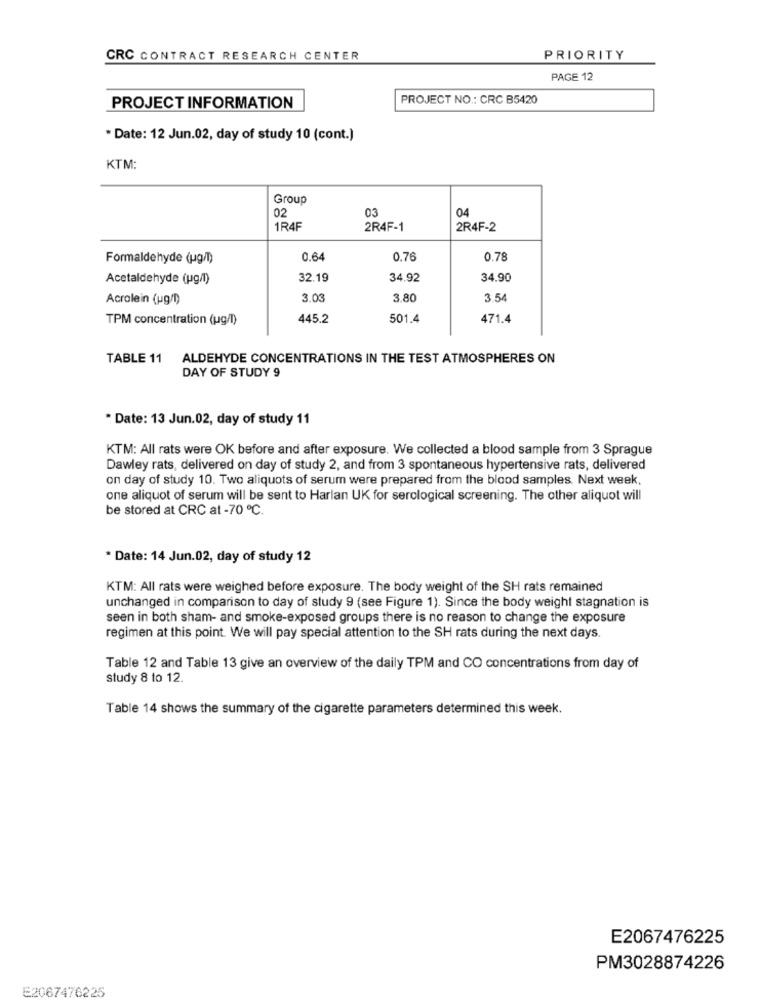
CRC CONTRACT RESEARCH CENTER
PRIORITY
PAGE 12
PROJECT NO .: CRC B5420
PROJECT INFORMATION
* Date: 12 Jun.02, day of study 10 (cont.)
KTM:
Group
02
03
04
1R4F
2R4F-1
2R4F-2
Formaldehyde (ug/l)
0.64
0.76
0.78
Acetaldehyde (ug/l)
32.19
34.92
34.90
Acrolein (ug/1)
3.03
3,80
35
TPM concentration (ug/l)
445.2
501.4
471.4
TABLE 11
ALDEHYDE CONCENTRATIONS IN THE TEST ATMOSPHERES ON
DAY OF STUDY 9
* Date: 13 Jun.02, day of study 11
KTM: All rats were OK before and after exposure. We collected a blood sample from 3 Sprague
Dawley rats, delivered on day of study 2, and from 3 spontaneous hypertensive rats, delivered
on day of study 10. Two aliquots of serum were prepared from the blood samples. Next week,
one aliquot of serum will be sent to Harlan UK for serological screening. The other aliquot will
be stored at CRC at -70 ℃.
* Date: 14 Jun.02, day of study 12
KTM: All rats were weighed before exposure. The body weight of the SH rats remained
unchanged in comparison to day of study 9 (see Figure 1). Since the body weight stagnation is
seen in both sham- and smoke-exposed groups there is no reason to change the exposure
regimen at this point. We will pay special attention to the SH rats during the next days.
Table 12 and Table 13 give an overview of the daily TPM and CO concentrations from day of
study 8 to 12.
Table 14 shows the summary of the cigarette parameters determined this week.
E2067476225
PM3028874226
E2067476225